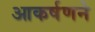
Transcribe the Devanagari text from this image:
आकर्षणने